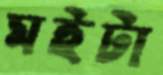
মইটা